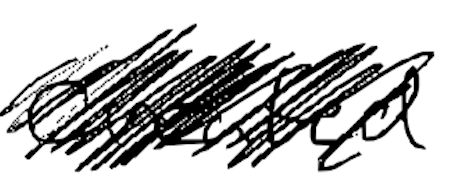
Text: created
Cross-out: scratch
Writing tool: digital_black